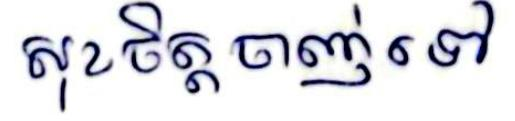
សុខចិត្តចាញ់ ទៅ